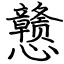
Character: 戆